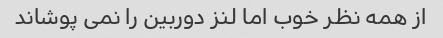
از همه نظر خوب اما لنز دوربین را نمی پوشاند